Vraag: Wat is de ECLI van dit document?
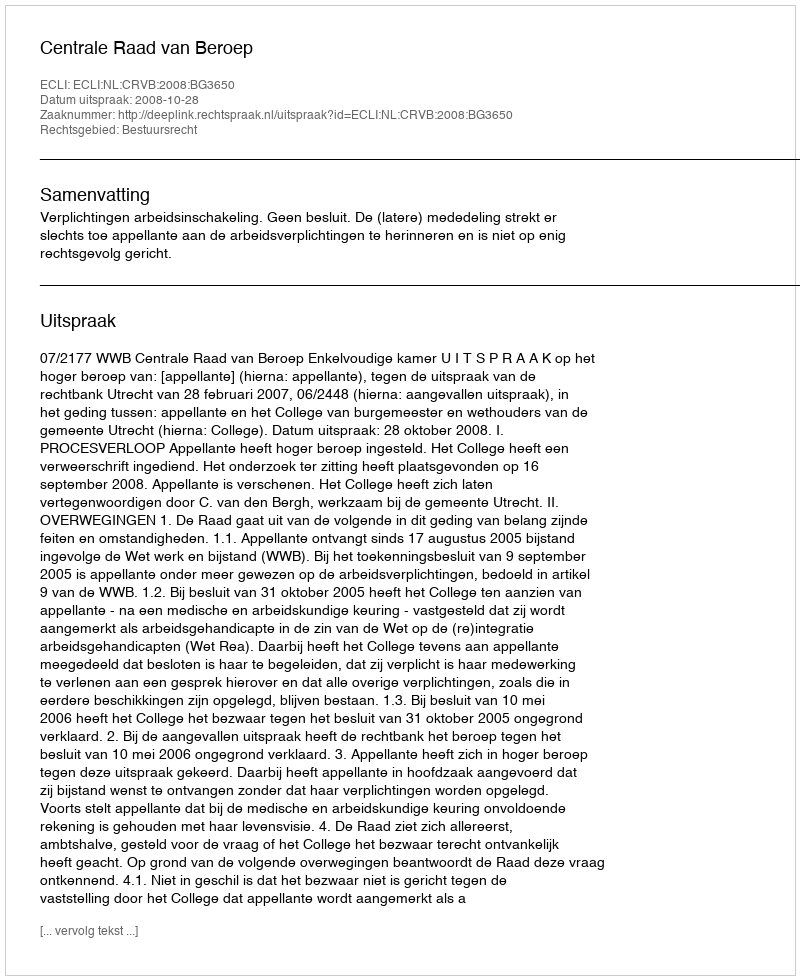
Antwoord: ECLI:NL:CRVB:2008:BG3650